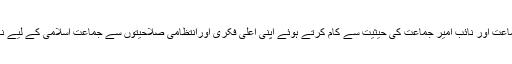
چودھری رحمت الٰہی قیم جماعت اور نائب امیر جماعت کی حیثیت سے کام کرتے ہوئے اپنی اعلیٰ فکری اورانتظامی صلاحیتوں سے جماعت اسلامی کے لیے نہایت قیمتی اثاثہ ثابت ہوئے۔